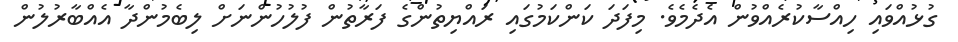
ގުޅުއްވައި ހިއްސާކުރެއްވުން އެދެމެވެ. މިފަދަ ކަންކަމުގައި ރައްޔިތުންގެ ފަރާތުން ފުލުހުންނަށް ލިބެމުންދާ އެއްބާރުލުން